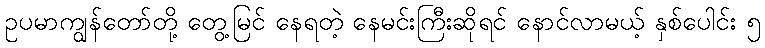
ဥပမာကျွန်တော်တို့ တွေ့မြင် နေရတဲ့ နေမင်းကြီးဆိုရင် နောင်လာမယ့် နှစ်ပေါင်း ၅